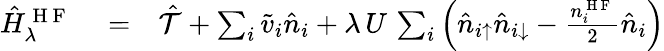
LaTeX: \begin{array}{rlr}{\hat{H}_{\lambda}^{\mathrm{~H~F~}}}&{{}=}&{\hat{\mathcal{T}}+\sum_{i}\tilde{v}_{i}\hat{n}_{i}+\lambda\, U\, \sum_{i}\left(\hat{n}_{i\uparrow}\hat{n}_{i\downarrow}-\frac{n_{i}^{\mathrm{~H~F~}}}{2}\hat{n}_{i}\right)}\end{array}